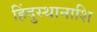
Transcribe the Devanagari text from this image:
हिंदुस्थानाशि